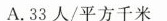
A.33人/平方千米